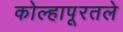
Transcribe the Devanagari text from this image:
कोल्हापूरतले